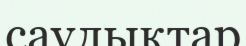
саулықтар